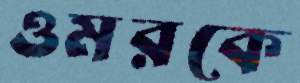
ওমরকে